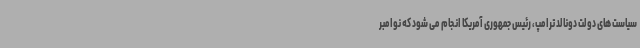
سیاست های دولت دونالد ترامپ، رئیس جمهوری آمریکا انجام می شود که نوامبر